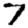
Digit: 7